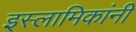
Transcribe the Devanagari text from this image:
इस्लामिकांनी